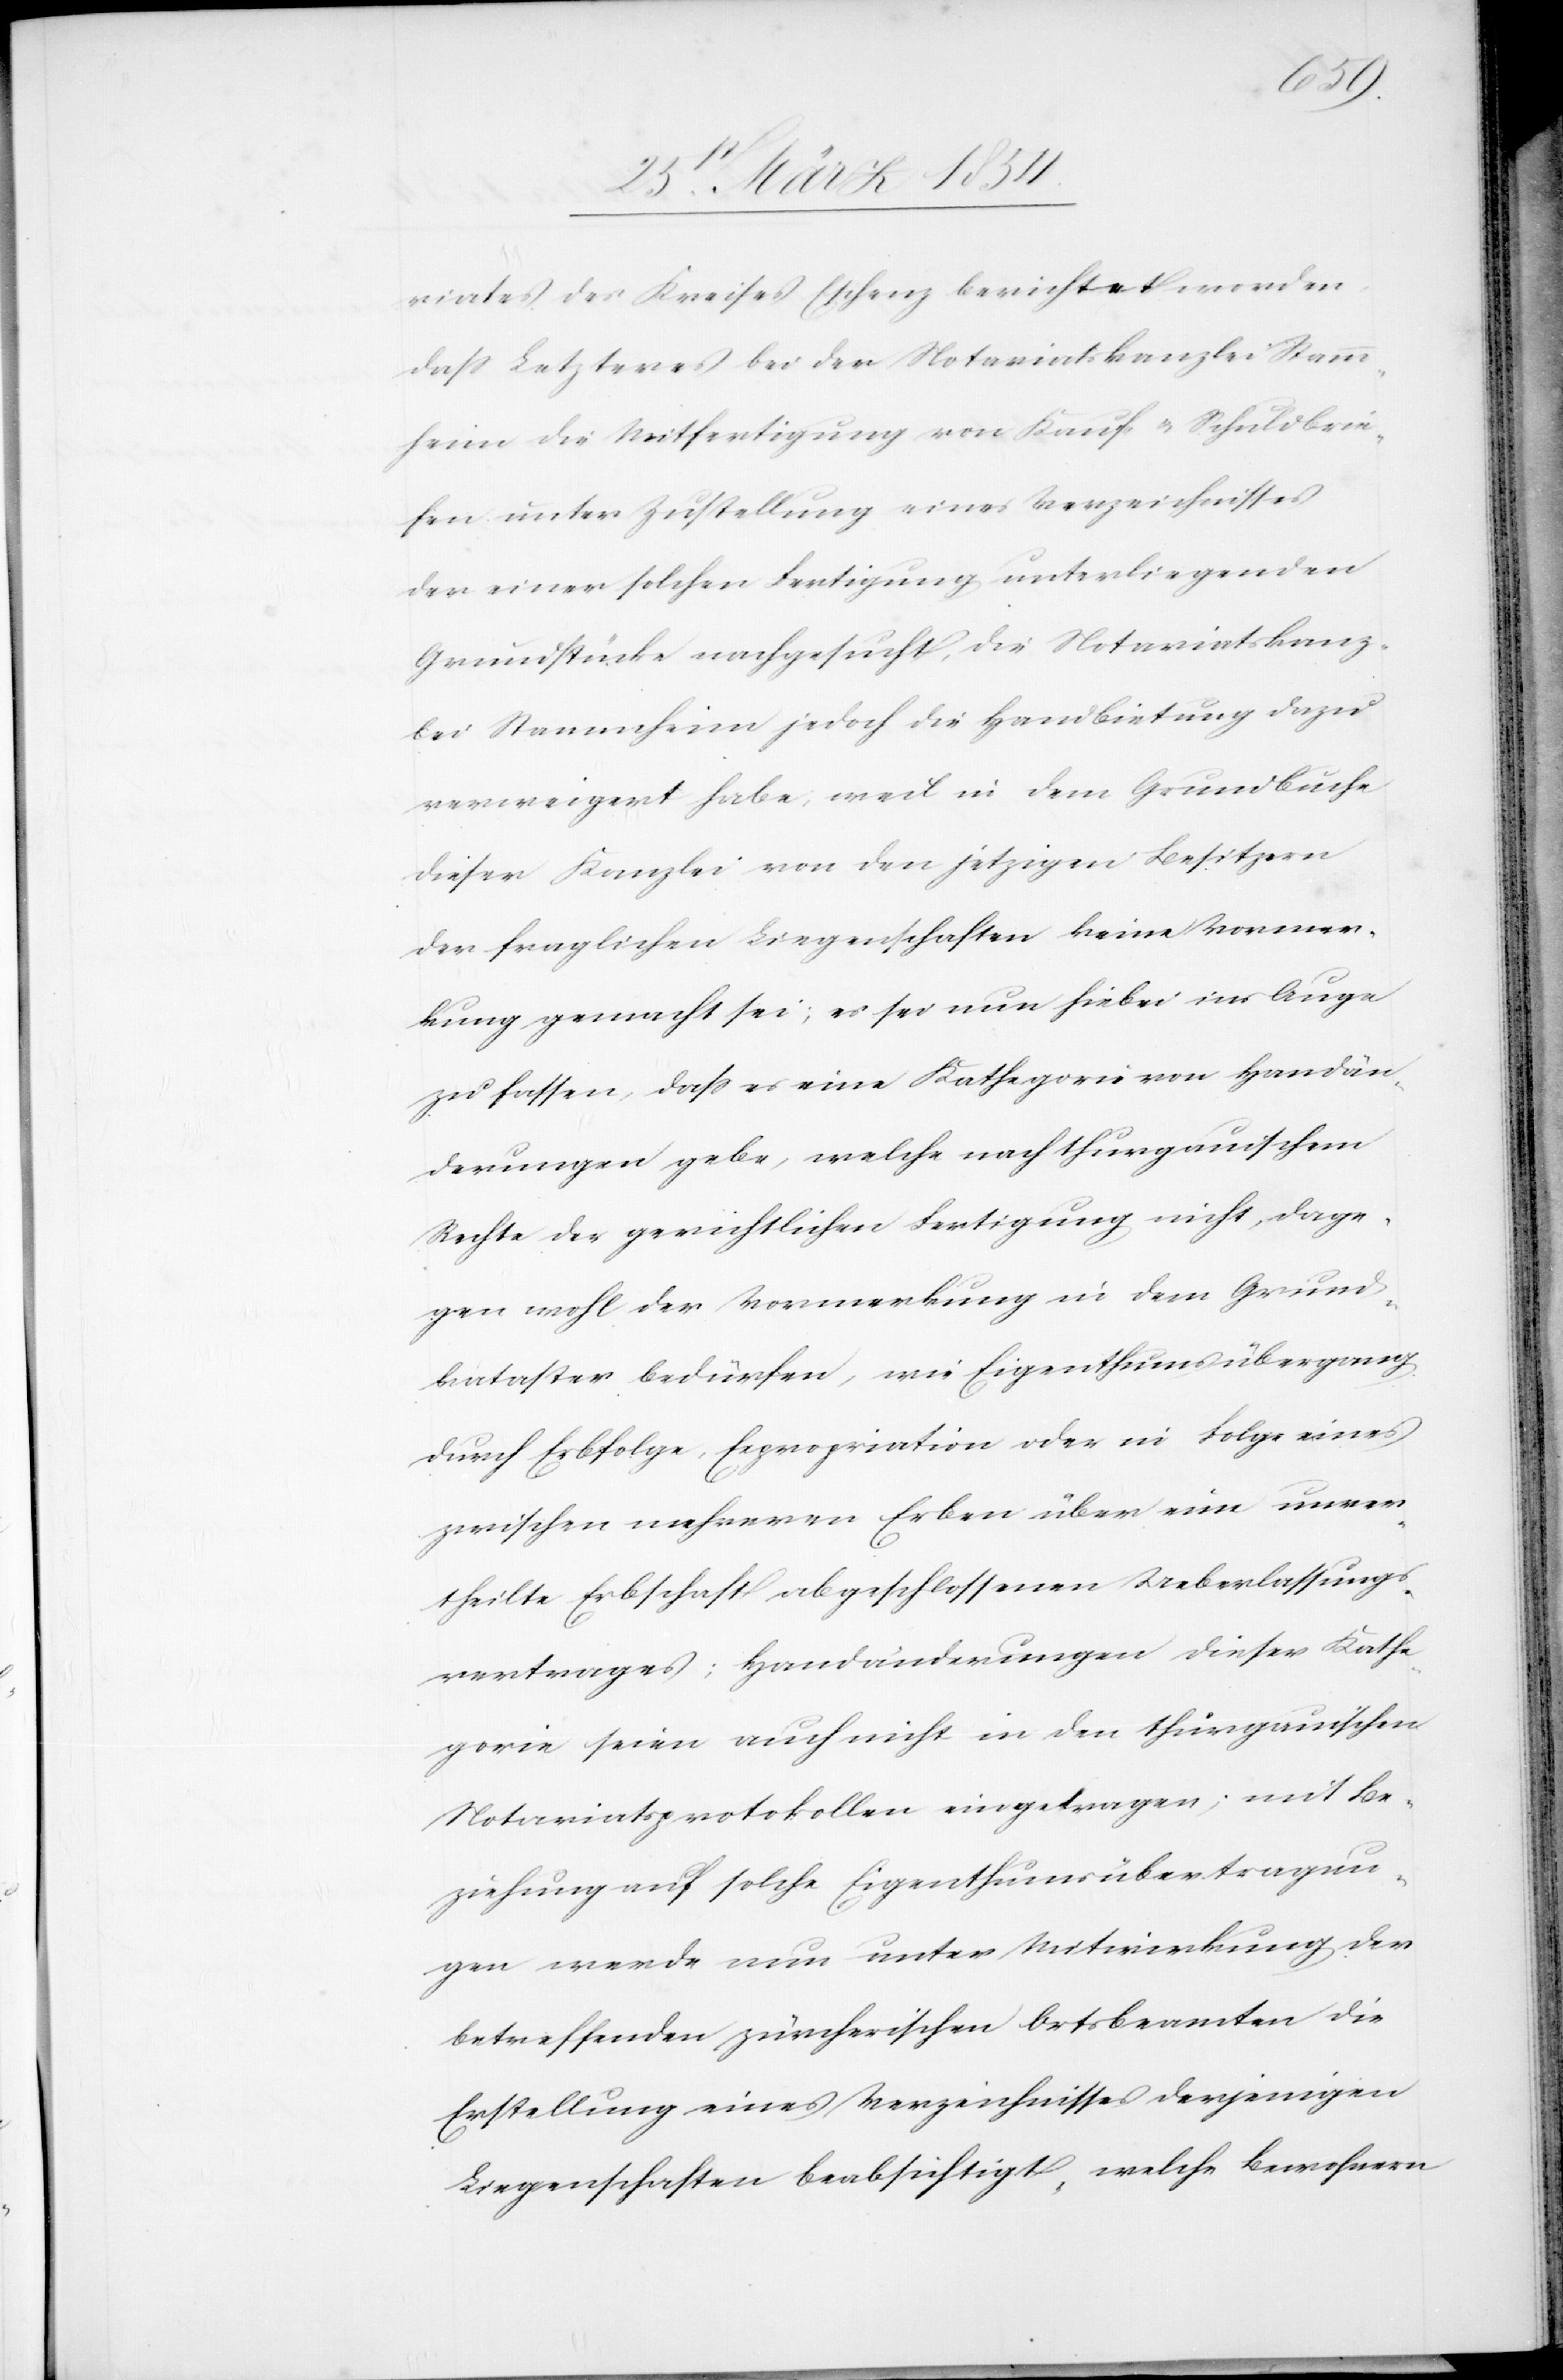
riates des Kreises Eschenz berichtet worden,
daß Letzteres bei der Notariatskanzlei Stamm¬
heim die Mitfertigung von Kauf- u. Schuldbrie¬
fen unter Zustellung eines Verzeichnisses
der einer solchen Fertigung unterliegenden
Grundstücke nachgesucht, die Notariatskanz¬
lei Stammheim jedoch die Handbietung dazu
verweigert habe, weil in dem Grundbuche
dieser Kanzlei von den jetzigen Besitzern
der fraglichen Liegenschaften keine Vormer¬
kung gemacht sei; es sei nun hiebei ins Auge
zu fassen, daß es eine Kathegorie von Handän¬
derungen gebe, welche nach thurgauischem
Rechte der gerichtlichen Fertigung nicht, dage¬
gen wohl der Vormerkung in dem Grund¬
kataster bedürfen, wie Eigenthumsübergang
durch Erbfolge, Expropriation oder in Folge eines
zwischen mehreren Erben über eine neuer¬
theilte Erbschaft abgeschlossenen Ueberlassungs¬
vertrages; Handabänderungen dieser Kathe¬
gorie seien auch nicht in den thurgauischen
Notariatsprotokollen eingetragen; mit Be¬
ziehung auf solche Eigenthumsübertragun¬
gen werde nun unter Mitwirkung der
betreffenden zürcherischen Ortsbeamten die
Erstellung eines Verzeichnisses derjenigen
Liegenschaften beabsichtigt, welche Bewohnern